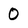
Character: 0